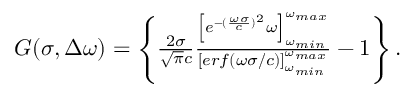
\begin{array} { r } { G ( \sigma , \Delta \omega ) = \left\{ \frac { 2 \sigma } { \sqrt { \pi } c } \frac { \left[ e ^ { - ( \frac { \omega \sigma } { c } ) ^ { 2 } } \omega \right] _ { \omega _ { m i n } } ^ { \omega _ { m a x } } } { \left[ e r f ( \omega \sigma / c ) \right] _ { \omega _ { m i n } } ^ { \omega _ { m a x } } } - 1 \right\} . } \end{array}